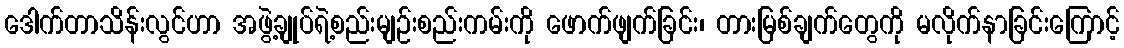
ဒေါက်တာသိန်းလွင်ဟာ အဖွဲ့ချုပ်ရဲ့စည်းမျဉ်းစည်းကမ်းကို ဖောက်ဖျက်ခြင်း၊ တားမြစ်ချက်တွေကို မလိုက်နာခြင်းကြောင့်